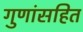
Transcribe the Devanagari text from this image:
गुणांसहित